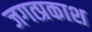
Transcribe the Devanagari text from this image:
जगत्प्रकाश